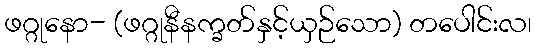
ဖဂ္ဂုနော- (ဖဂ္ဂုနီနက္ခတ်နှင့်ယှဉ်သော) တပေါင်းလ၊